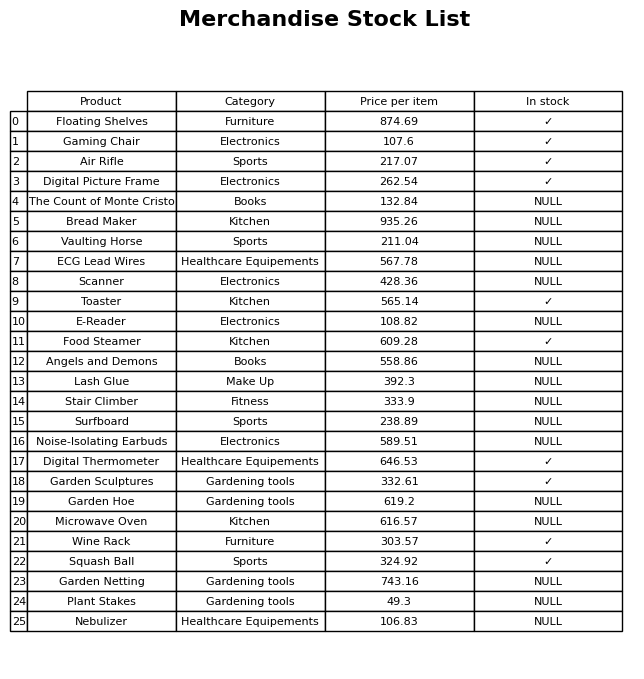
question: What is the price for Garden Sculptures?
answer: The price of Garden Sculptures is 332.61.